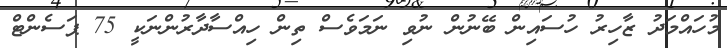
މުހައްމަދު ޒާހިރު ހުސައިން ބޭނުން ނުވި ނަމަވެސް ތިން ހިއްސާދާރުންނަކީ 75 ޕަސެންޓް